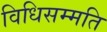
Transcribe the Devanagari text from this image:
विधिसम्मति